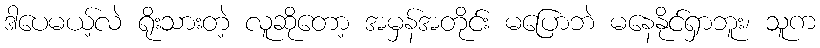
ဒါပေမယ့်လဲ ရိုးသားတဲ့ လူဆိုတော့ အမှန်အတိုင်း မပြောဘဲ မနေနိုင်ရှာဘူး၊ သူက